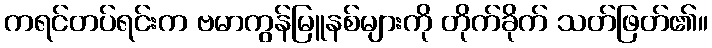
ကရင်တပ်ရင်းက ဗမာကွန်မြူနစ်များကို တိုက်ခိုက် သတ်ဖြတ်၏။